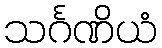
သင်္ဂဏိယံ